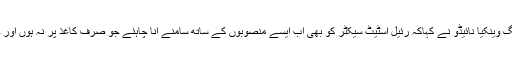
وزیر برائے شہری ترقیات و ہاؤزنگ وینکیا نائیڈو نے کہاکہ رئیل اسٹیٹ سیکٹر کو بھی اب ایسے منصوبوں کے ساتھ سامنے آنا چاہئے جو صرف کاغذ پر نہ ہوں اور جنھیں حقیقت میں تبدیل کیا جاسکے۔